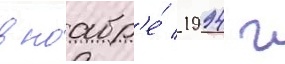
в ноабр'е́ 1994 г